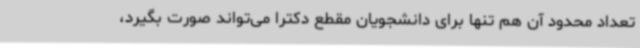
تعداد محدود آن هم تنها برای دانشجویان مقطع دکترا می‌تواند صورت بگیرد،